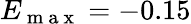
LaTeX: E_{\mathrm{~m~a~x~}}=-0.15